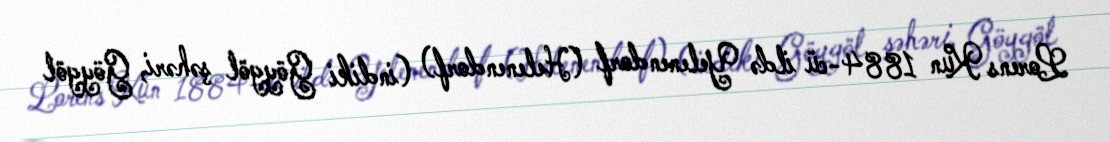
Lorens Kun 1884-cü ildə Yelenendorf (Helenendorf) (indiki Göygöl şəhəri, Göygöl